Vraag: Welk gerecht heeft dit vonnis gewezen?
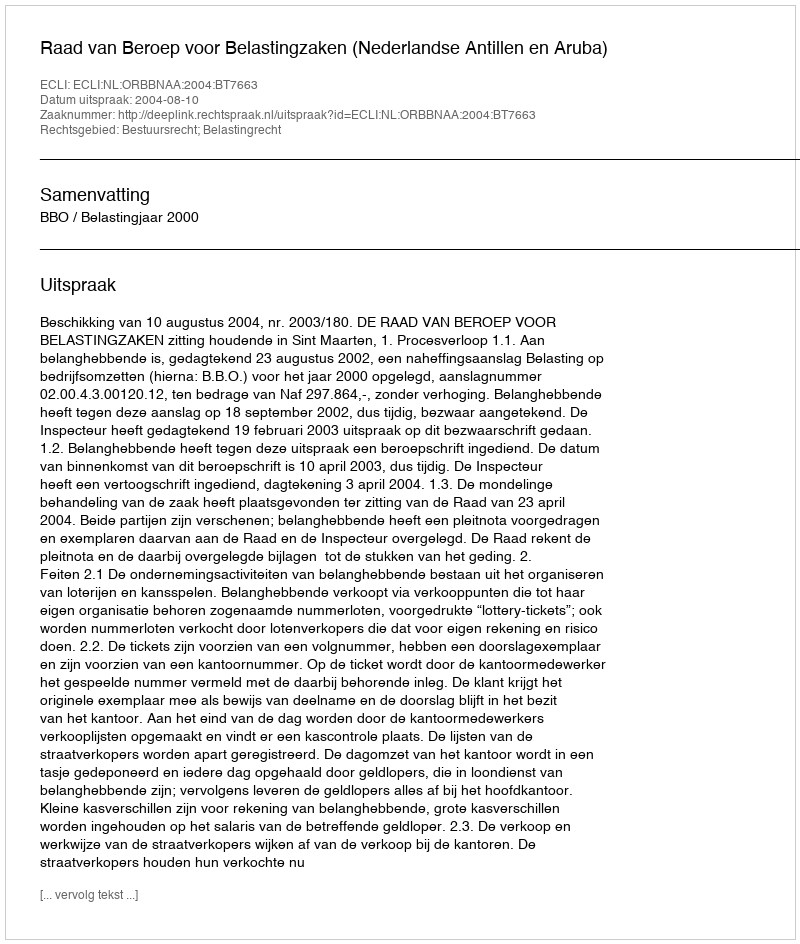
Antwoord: Raad van Beroep voor Belastingzaken (Nederlandse Antillen en Aruba)